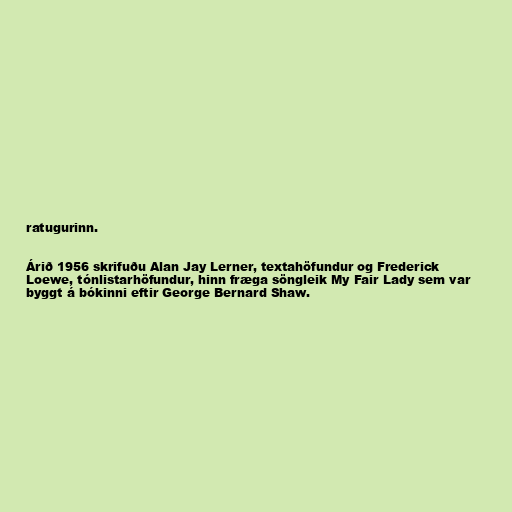
ratugurinn.

Árið 1956 skrifuðu Alan Jay Lerner, textahöfundur og Frederick
Loewe, tónlistarhöfundur, hinn fræga söngleik My Fair Lady sem var
byggt á bókinni eftir George Bernard Shaw.